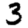
Digit: 3